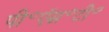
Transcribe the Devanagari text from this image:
पी॰ऍस॰टी॰